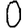
Digit: 0